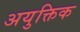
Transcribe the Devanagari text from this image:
अयुक्तिक